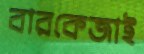
বারকেজাই